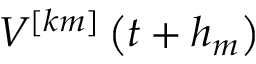
V ^ { [ k m ] } \left( t + h _ { m } \right)